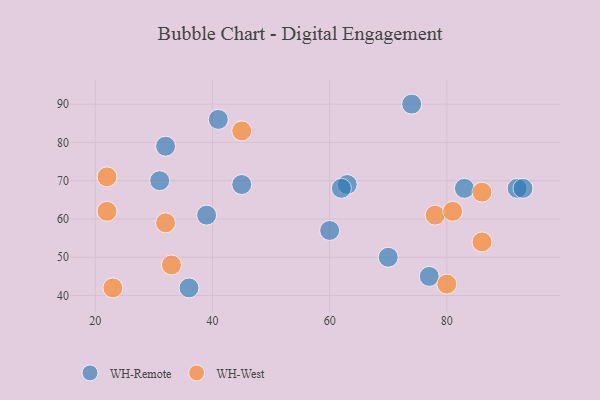
{"axis": {"x": "GDP", "y": "Life Expectancy"}, "legend": ["WH-Remote", "WH-West"], "data": [{"x": "39", "y": 61, "type": "WH-Remote"}, {"x": "63", "y": 69, "type": "WH-Remote"}, {"x": "92", "y": 68, "type": "WH-Remote"}, {"x": "32", "y": 79, "type": "WH-Remote"}, {"x": "62", "y": 68, "type": "WH-Remote"}, {"x": "74", "y": 90, "type": "WH-Remote"}, {"x": "83", "y": 68, "type": "WH-Remote"}, {"x": "31", "y": 70, "type": "WH-Remote"}, {"x": "60", "y": 57, "type": "WH-Remote"}, {"x": "70", "y": 50, "type": "WH-Remote"}, {"x": "45", "y": 69, "type": "WH-Remote"}, {"x": "41", "y": 86, "type": "WH-Remote"}, {"x": "77", "y": 45, "type": "WH-Remote"}, {"x": "93", "y": 68, "type": "WH-Remote"}, {"x": "36", "y": 42, "type": "WH-Remote"}, {"x": "86", "y": 54, "type": "WH-West"}, {"x": "23", "y": 42, "type": "WH-West"}, {"x": "22", "y": 71, "type": "WH-West"}, {"x": "22", "y": 62, "type": "WH-West"}, {"x": "86", "y": 67, "type": "WH-West"}, {"x": "78", "y": 61, "type": "WH-West"}, {"x": "81", "y": 62, "type": "WH-West"}, {"x": "33", "y": 48, "type": "WH-West"}, {"x": "80", "y": 43, "type": "WH-West"}, {"x": "45", "y": 83, "type": "WH-West"}, {"x": "32", "y": 59, "type": "WH-West"}]}